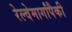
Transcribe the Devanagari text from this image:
रेल्वेमार्गांपैकी